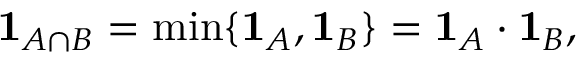
\mathbf { 1 } _ { A \cap B } = \operatorname* { m i n } \{ \mathbf { 1 } _ { A } , \mathbf { 1 } _ { B } \} = \mathbf { 1 } _ { A } \cdot \mathbf { 1 } _ { B } ,